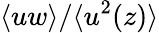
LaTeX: \langle uw\rangle/\langle u^{2}(z)\rangle